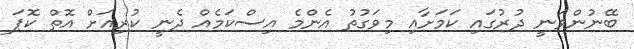
ބޭނުންވަނީ ދުރުގައި ކަމަށާއި މިވަގުތު އެންމެ އިސްކަމެއް ދެނީ ކުރިއަށް އޮތް ކޮޕަ